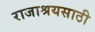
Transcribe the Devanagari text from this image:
राजाश्रयसाठी